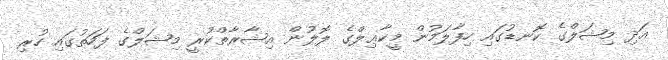
އަދި މިޝަލްގެ ކޮނޑުގައި ހިފާލަމުން މީކާޢިލްގެ ލޮލުން އިޝާރާތްކުރީ މިޝަލްގެ ފަހަތުގައި ހުރި